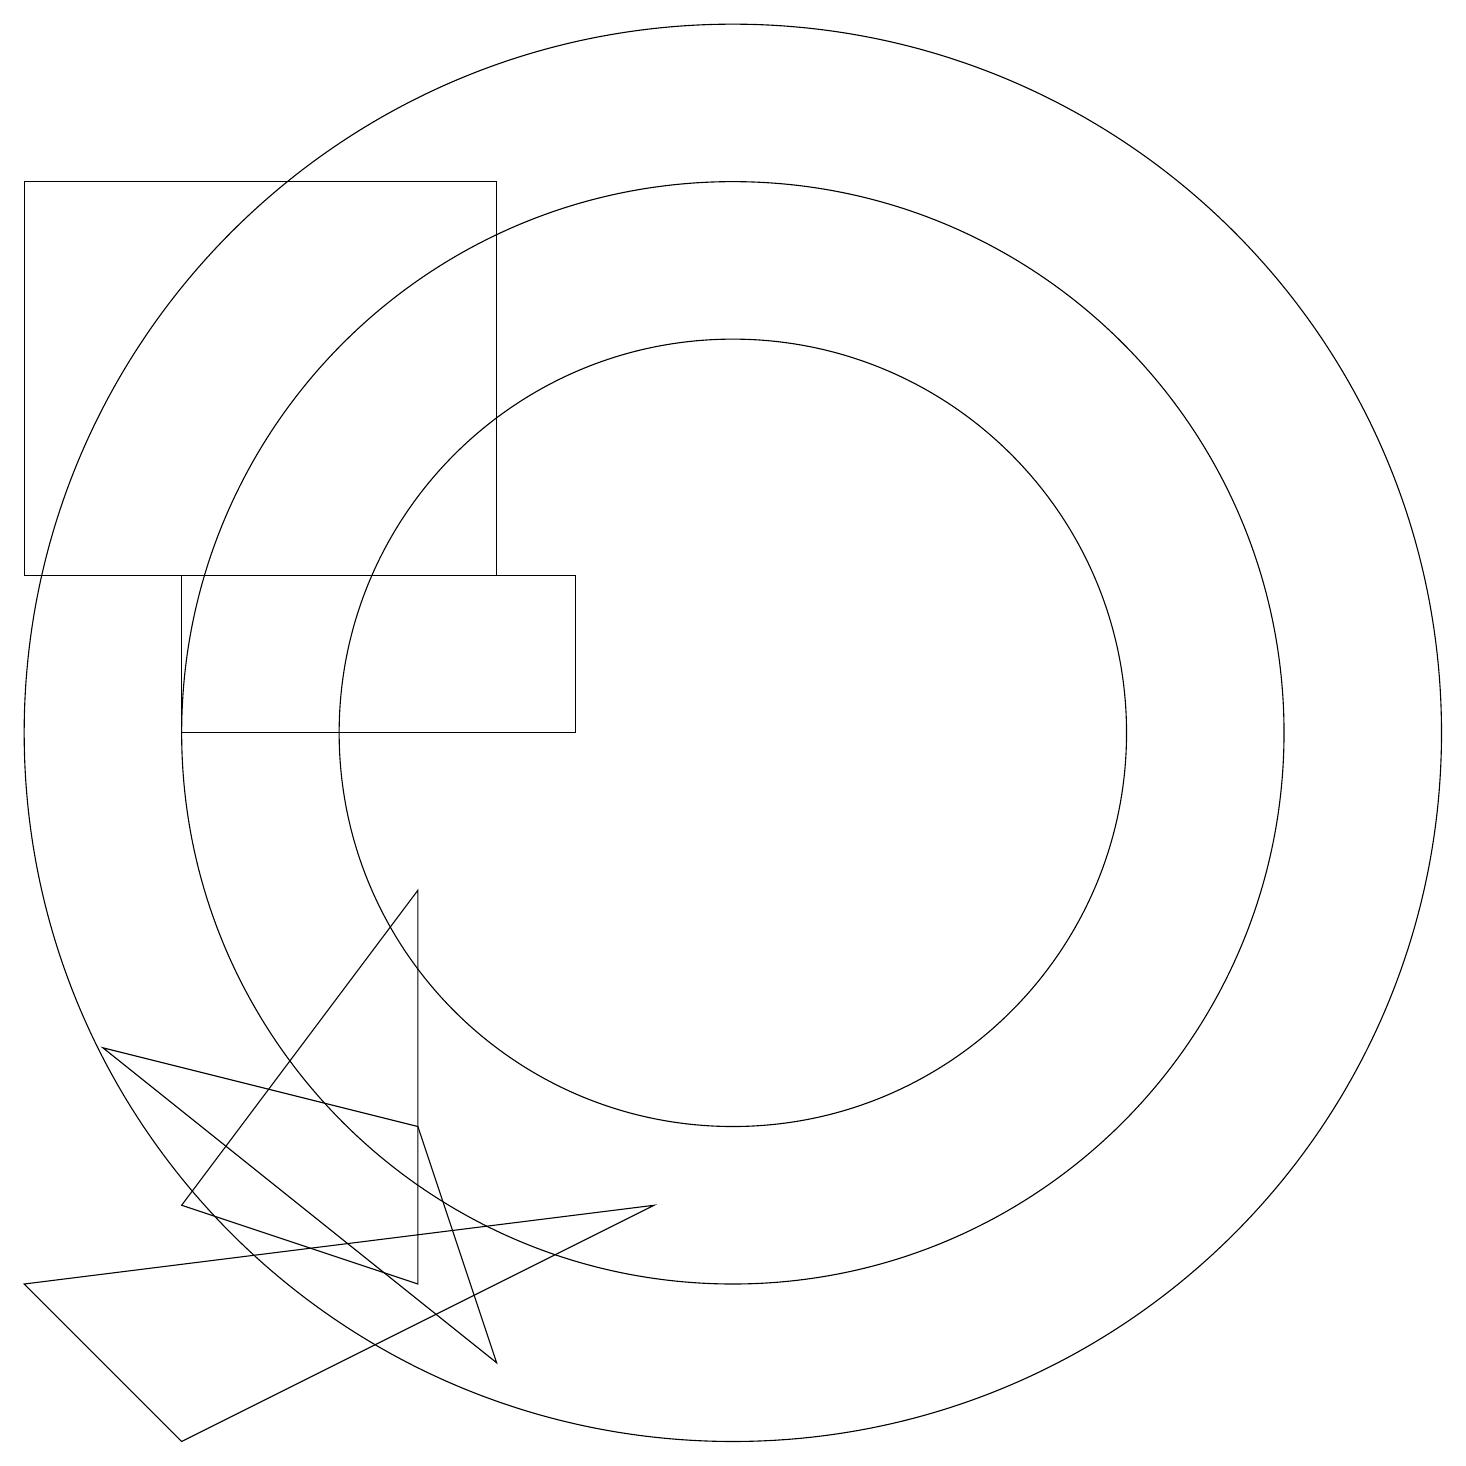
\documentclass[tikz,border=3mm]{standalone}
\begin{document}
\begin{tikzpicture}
\draw (10,10) circle (7);
\draw (7,12) rectangle (1,17);
\draw (10,10) circle (5);
\draw (3,4) -- (6,8) -- (6,3) -- cycle;
\draw (3,1) -- (9,4) -- (1,3) -- cycle;
\draw (2,6) -- (6,5) -- (7,2) -- cycle;
\draw (8,12) rectangle (3,10);
\draw (10,10) circle (9);
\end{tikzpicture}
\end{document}